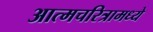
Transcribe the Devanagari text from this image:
आत्मचरित्रामध्ये